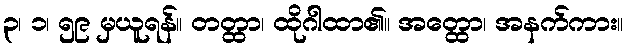
၃၊ ၁၊ ၅၉ မှယူရန်။ တတ္ထာ၊ ထိုဂါထာ၏။ အတ္ထော၊ အနက်ကား။